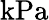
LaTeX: \mathrm{kPa}